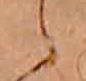
ら